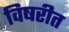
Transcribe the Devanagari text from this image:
विषरीत